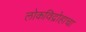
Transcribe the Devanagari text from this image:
लोकविद्रोहाचा